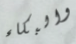
والبكاء